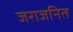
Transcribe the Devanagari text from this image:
जराजनित